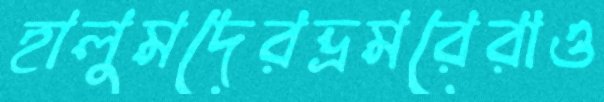
হালুমদেরভ্রমরেরাও